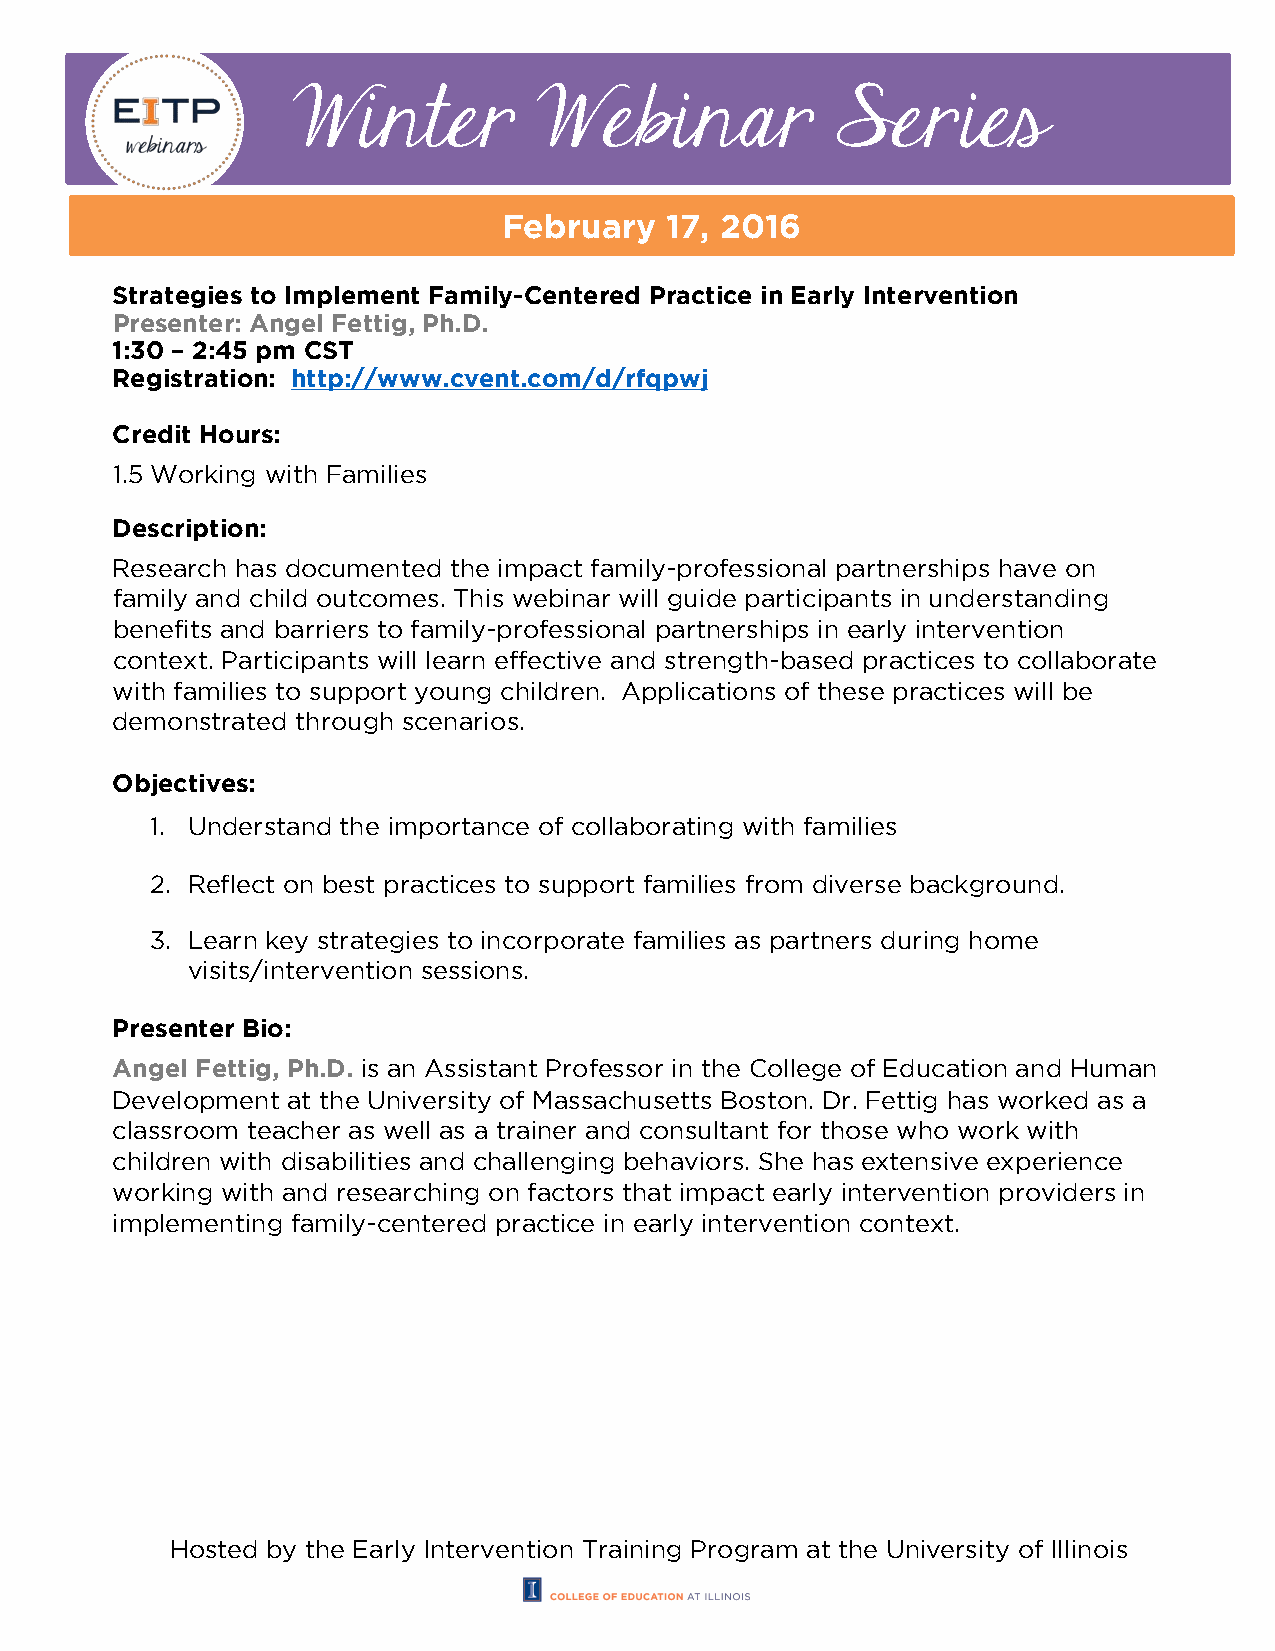
Winter           Webinar            Series
 February   17, 2016
 Strategies to Implement Family-Centered Practice in Early Intervention
 Presenter: Angel Fettig, Ph.D.
 1:30 – 2:45 pm CST
 Registration: http://www.cvent.com/d/rfqpwj
 Credit Hours:
 1.5 Working with Families
 Description:
 Research has documented the impact family-professional partnerships have on
 family and child outcomes. This webinar will guide participants in understanding
 benefits and barriers to family-professional partnerships in early intervention
 context. Participants will learn effective and strength-based practices to collaborate
 with families to support young children. Applications of these practices will be
 demonstrated through scenarios.
 Objectives:
 1. Understand the importance of collaborating with families
 2. Reflect on best practices to support families from diverse background.
 3. Learn key strategies to incorporate families as partners during home
 visits/intervention sessions.
 Presenter Bio:
 Angel Fettig, Ph.D. is an Assistant Professor in the College of Education and Human
 Development at the University of Massachusetts Boston. Dr. Fettig has worked as a
 classroom teacher as well as a trainer and consultant for those who work with
 children with disabilities and challenging behaviors. She has extensive experience
 working with and researching on factors that impact early intervention providers in
 implementing family-centered practice in early intervention context.
 Hosted by the Early Intervention Training Program at the University of Illinois